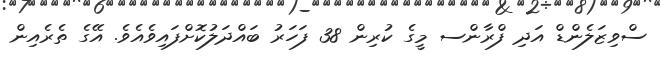
ސްވިޒަލެންޑް އަދި ފްރާންސ މީގެ ކުރިން 38 ފަހަރު ބައްދަލުކޮށްފައިވެއެވެ. އޭގެ ތެރެއިން